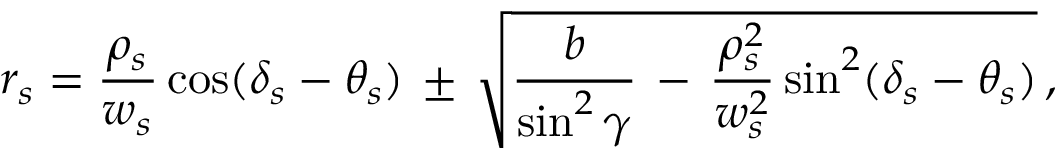
r _ { s } = \frac { \rho _ { s } } { w _ { s } } \cos ( \delta _ { s } - \theta _ { s } ) \, \pm \, \sqrt { \frac { b } { \sin ^ { 2 } \gamma } \, - \, \frac { \rho _ { s } ^ { 2 } } { w _ { s } ^ { 2 } } \sin ^ { 2 } ( \delta _ { s } - \theta _ { s } ) } \, ,